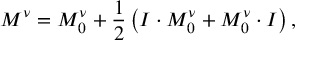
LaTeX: M ^ { \nu } = M _ { 0 } ^ { \nu } + \frac { 1 } { 2 } \left( I \cdot M _ { 0 } ^ { \nu } + M _ { 0 } ^ { \nu } \cdot I \right) ,